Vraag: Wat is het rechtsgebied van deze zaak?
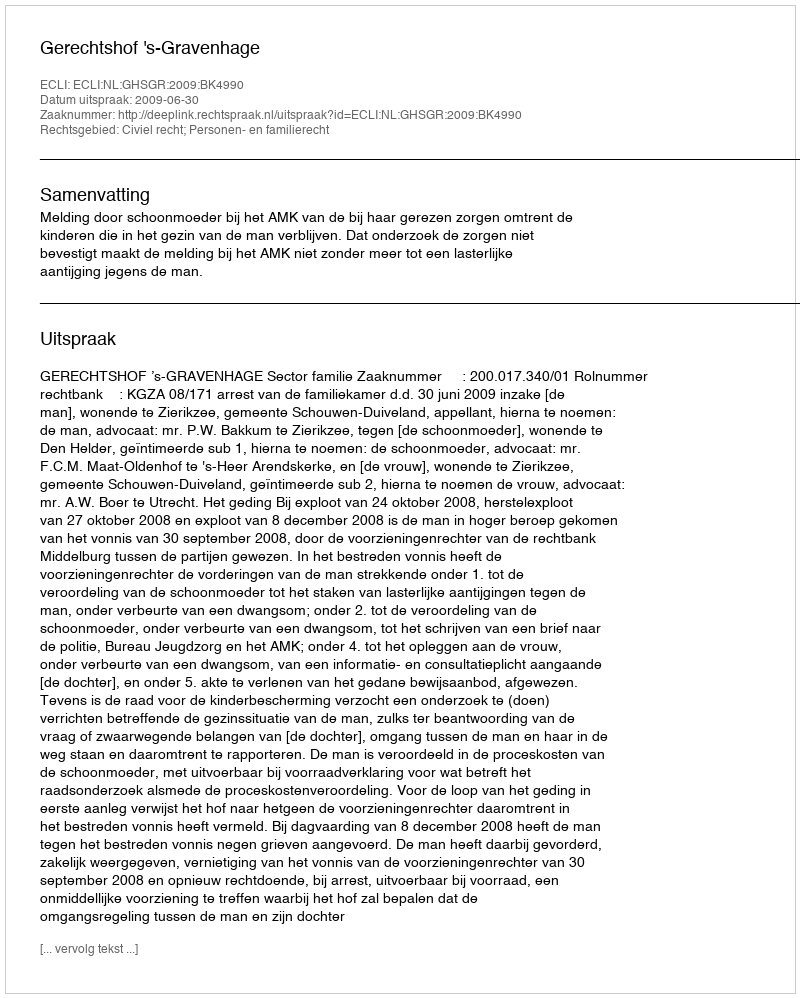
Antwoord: Civiel recht; Personen- en familierecht